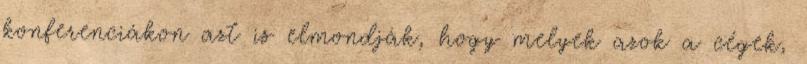
konferenciákon azt is elmondják, hogy melyek azok a cégek,